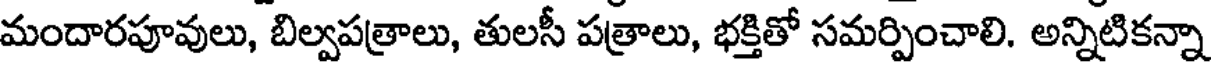
మందారపూవులు, బిల్వపత్రాలు, తులసీ పత్రాలు, భక్తితో సమర్పించాలి. అన్నిటికన్నా